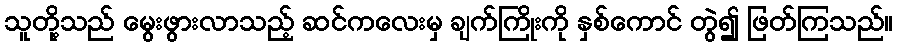
သူတို့သည် မွေးဖွားလာသည့် ဆင်ကလေးမှ ချက်ကြိုးကို နှစ်ကောင် တွဲ၍ ဖြတ်ကြသည်။